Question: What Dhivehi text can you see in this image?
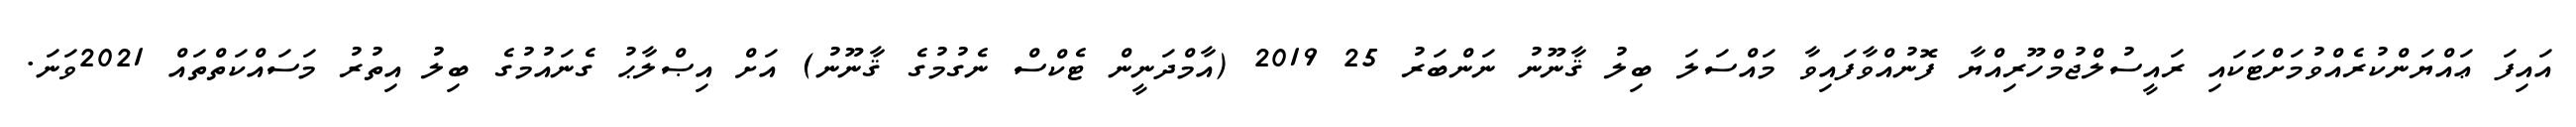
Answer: އައިފަ ޢައްޔަންކުރެއްވުމަށްޓަކައި ރައީސުލްޖުމްހޫރިއްޔާ ފޮނުއްވާފައިވާ މައްސަލަ ބިލު ޤާނޫނު ނަންބަރު 25 2019 (އާމްދަނީން ޓެކްސް ނެގުމުގެ ޤާނޫނު) އަށް އިޞްލާޙު ގެނައުމުގެ ބިލު އިތުރު މަސައްކަތްތައް 2021ވަނަ.